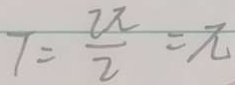
7 = \frac { 2 \pi } { 2 } = \pi